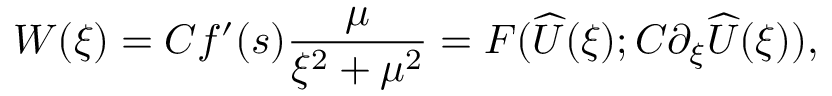
W ( \xi ) = C f ^ { \prime } ( s ) \frac { \mu } { \xi ^ { 2 } + \mu ^ { 2 } } = F ( \widehat { U } ( \xi ) ; C \partial _ { \xi } \widehat { U } ( \xi ) ) ,